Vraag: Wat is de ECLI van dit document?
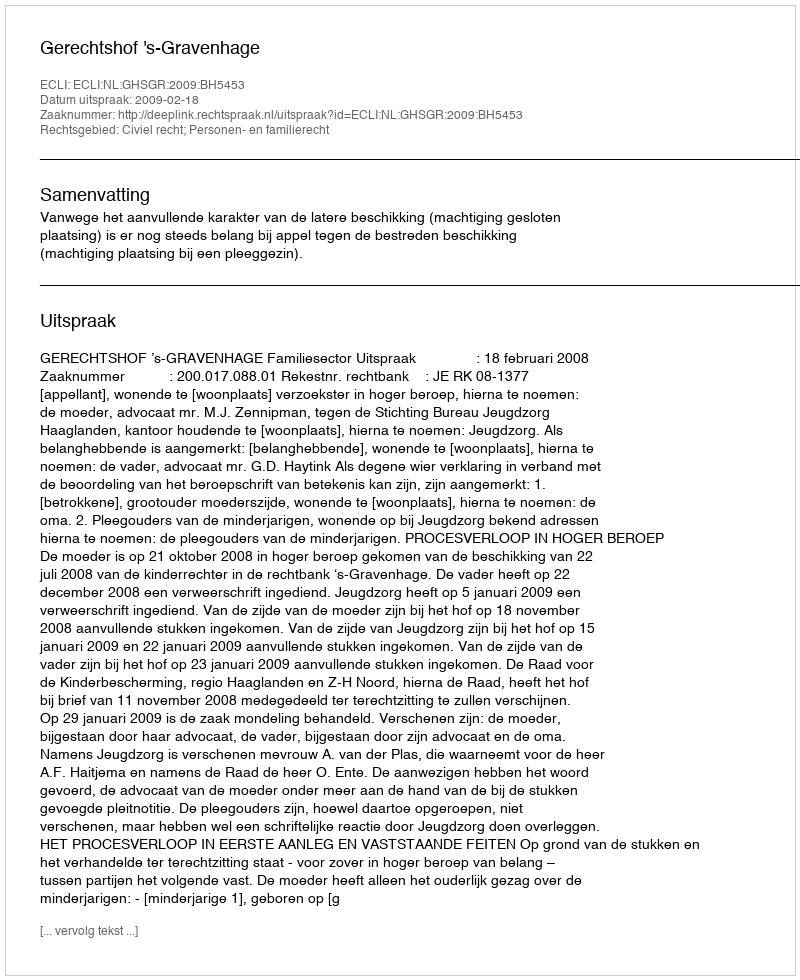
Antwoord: ECLI:NL:GHSGR:2009:BH5453